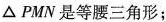
\Delta PMN是等腰三角形；